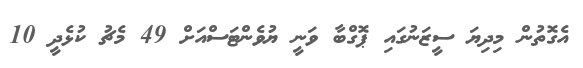
އެގޮތުން މިދިޔަ ސީޒަނުގައި ޕޮގްބާ ވަނީ ޔުވެންޓަސްއަށް 49 މެޗު ކުޅެދީ 10